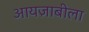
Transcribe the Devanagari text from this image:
आयज़ाबीला